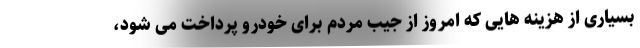
بسیاری از هزینه هایی که امروز از جیب مردم برای خودرو پرداخت می شود،